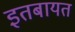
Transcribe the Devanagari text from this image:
इतबायत